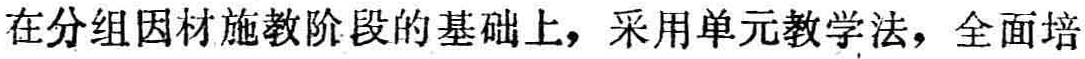
在分组因材施教阶段的基础上，采用单元教学法，全面培